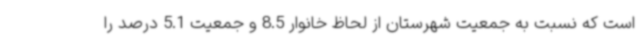
است که نسبت به جمعیت شهرستان از لحاظ خانوار 8.5 و جمعیت 5.1 درصد را